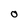
Character: O